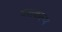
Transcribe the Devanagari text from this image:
दशकल्प